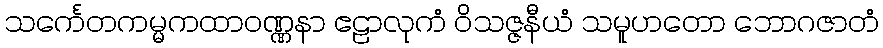
သင်္ကေတကမ္မကထာဝဏ္ဏနာ ဧဠာလုကံ ဝိသဇ္ဇနီယံ သမူဟတော ဘောဂဇာတံ